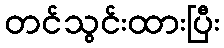
တင်သွင်းထားပြီး